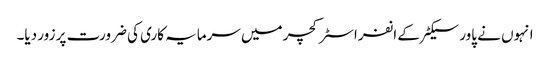
انہوں نے پاور سیکٹر کے انفراسٹرکچر میں سرمایہ کاری کی ضرورت پر زور دیا۔